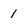
Character: 1